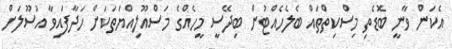
އެކަން ވާނީ ބޮޑެތި މިސްކިތްތައް ބެލެހެއްޓުން ބިދޭސީ މީހެއްްގެ މަސްއޫލިއްޔަތަކަށް ހަދާފައިވާ އުސޫލަށް